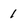
Character: 1